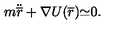
m { \ddot { \overline { r } } } + { \nabla U ( { \overline { r } } } ) { \simeq } 0 .